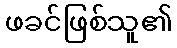
ဖခင်ဖြစ်သူ၏